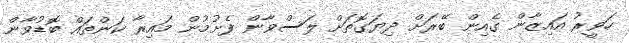
ހަވީރު އައިޒާން ގެއިން ބޭރަށް ދިޔަގޮތަށް ލަސްވާން ފެށުމުން މައިރާ ކަންތައް ބޮޑުވާން